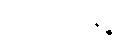
ပစ္စတ္ထိကာနဉ္စ